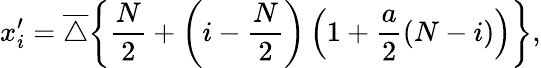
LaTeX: x_{i}^{\prime}=\overline{{\triangle}}\bigg\{ \frac{N}{2}+\left(i-\frac{N}{2}\right)\left(1+\frac{a}{2}\left(N-i\right)\right)\bigg\} ,